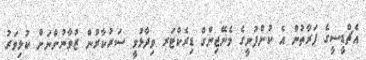
އެޗްޑީސީގެ ފަރާތުން އެ ކުންފުނީގެ މެނޭޖިންގް ޑިރެކްޓަރ ވިދާޅުވީ ސަރުކާރުން ޒުވާނުންނަށް ކުޅިވަރު